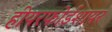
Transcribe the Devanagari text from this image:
हीयरफोर्डशायर